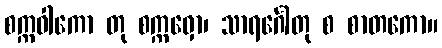
စက္ကဝါကော တု စက္ကဝှော၊ သာရင်္ဂေါတု စ စာတကော။